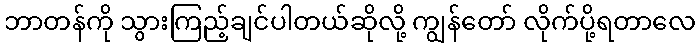
ဘာတန်ကို သွားကြည့်ချင်ပါတယ်ဆိုလို့ ကျွန်တော် လိုက်ပို့ရတာလေ